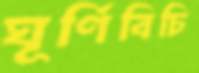
ঘূর্ণিবিচি